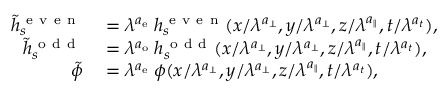
\begin{array} { r l } { \tilde { h } _ { s } ^ { \mathrm { ~ e ~ v ~ e ~ n ~ } } } & { { } = \lambda ^ { a _ { \mathrm { e } } } \: h _ { s } ^ { \mathrm { ~ e ~ v ~ e ~ n ~ } } ( x / \lambda ^ { a _ { \perp } } , y / \lambda ^ { a _ { \perp } } , z / \lambda ^ { a _ { \parallel } } , t / \lambda ^ { a _ { t } } ) , } \\ { \tilde { h } _ { s } ^ { \mathrm { ~ o ~ d ~ d ~ } } } & { { } = \lambda ^ { a _ { \mathrm { o } } } \: h _ { s } ^ { \mathrm { ~ o ~ d ~ d ~ } } ( x / \lambda ^ { a _ { \perp } } , y / \lambda ^ { a _ { \perp } } , z / \lambda ^ { a _ { \parallel } } , t / \lambda ^ { a _ { t } } ) , } \\ { \tilde { \phi } } & { { } = \lambda ^ { a _ { \mathrm { e } } } \: \phi ( x / \lambda ^ { a _ { \perp } } , y / \lambda ^ { a _ { \perp } } , z / \lambda ^ { a _ { \parallel } } , t / \lambda ^ { a _ { t } } ) , } \end{array}